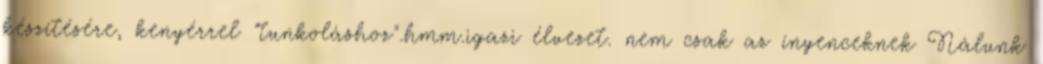
készítésére, kenyérrel "tunkoláshoz".hmm.igazi élvezet. nem csak az ínyenceknek Nálunk